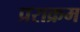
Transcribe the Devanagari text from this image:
प्रराक्रम